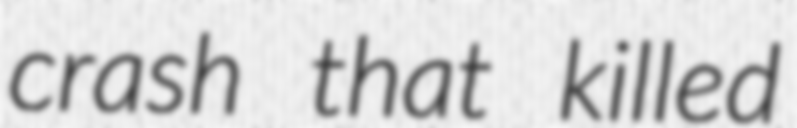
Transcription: crash that killed